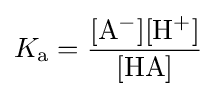
K_{\text{a}}=\mathrm {\frac {[A^{-}][H^{+}]}{[HA]}}